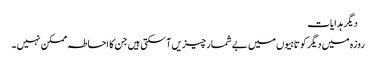
 دیگر ہدایات
روزہ میں دیگر کوتاہیوں میں بے شمار چیزیں آ سکتی ہیں جن کا احاطہ ممکن نہیں ۔